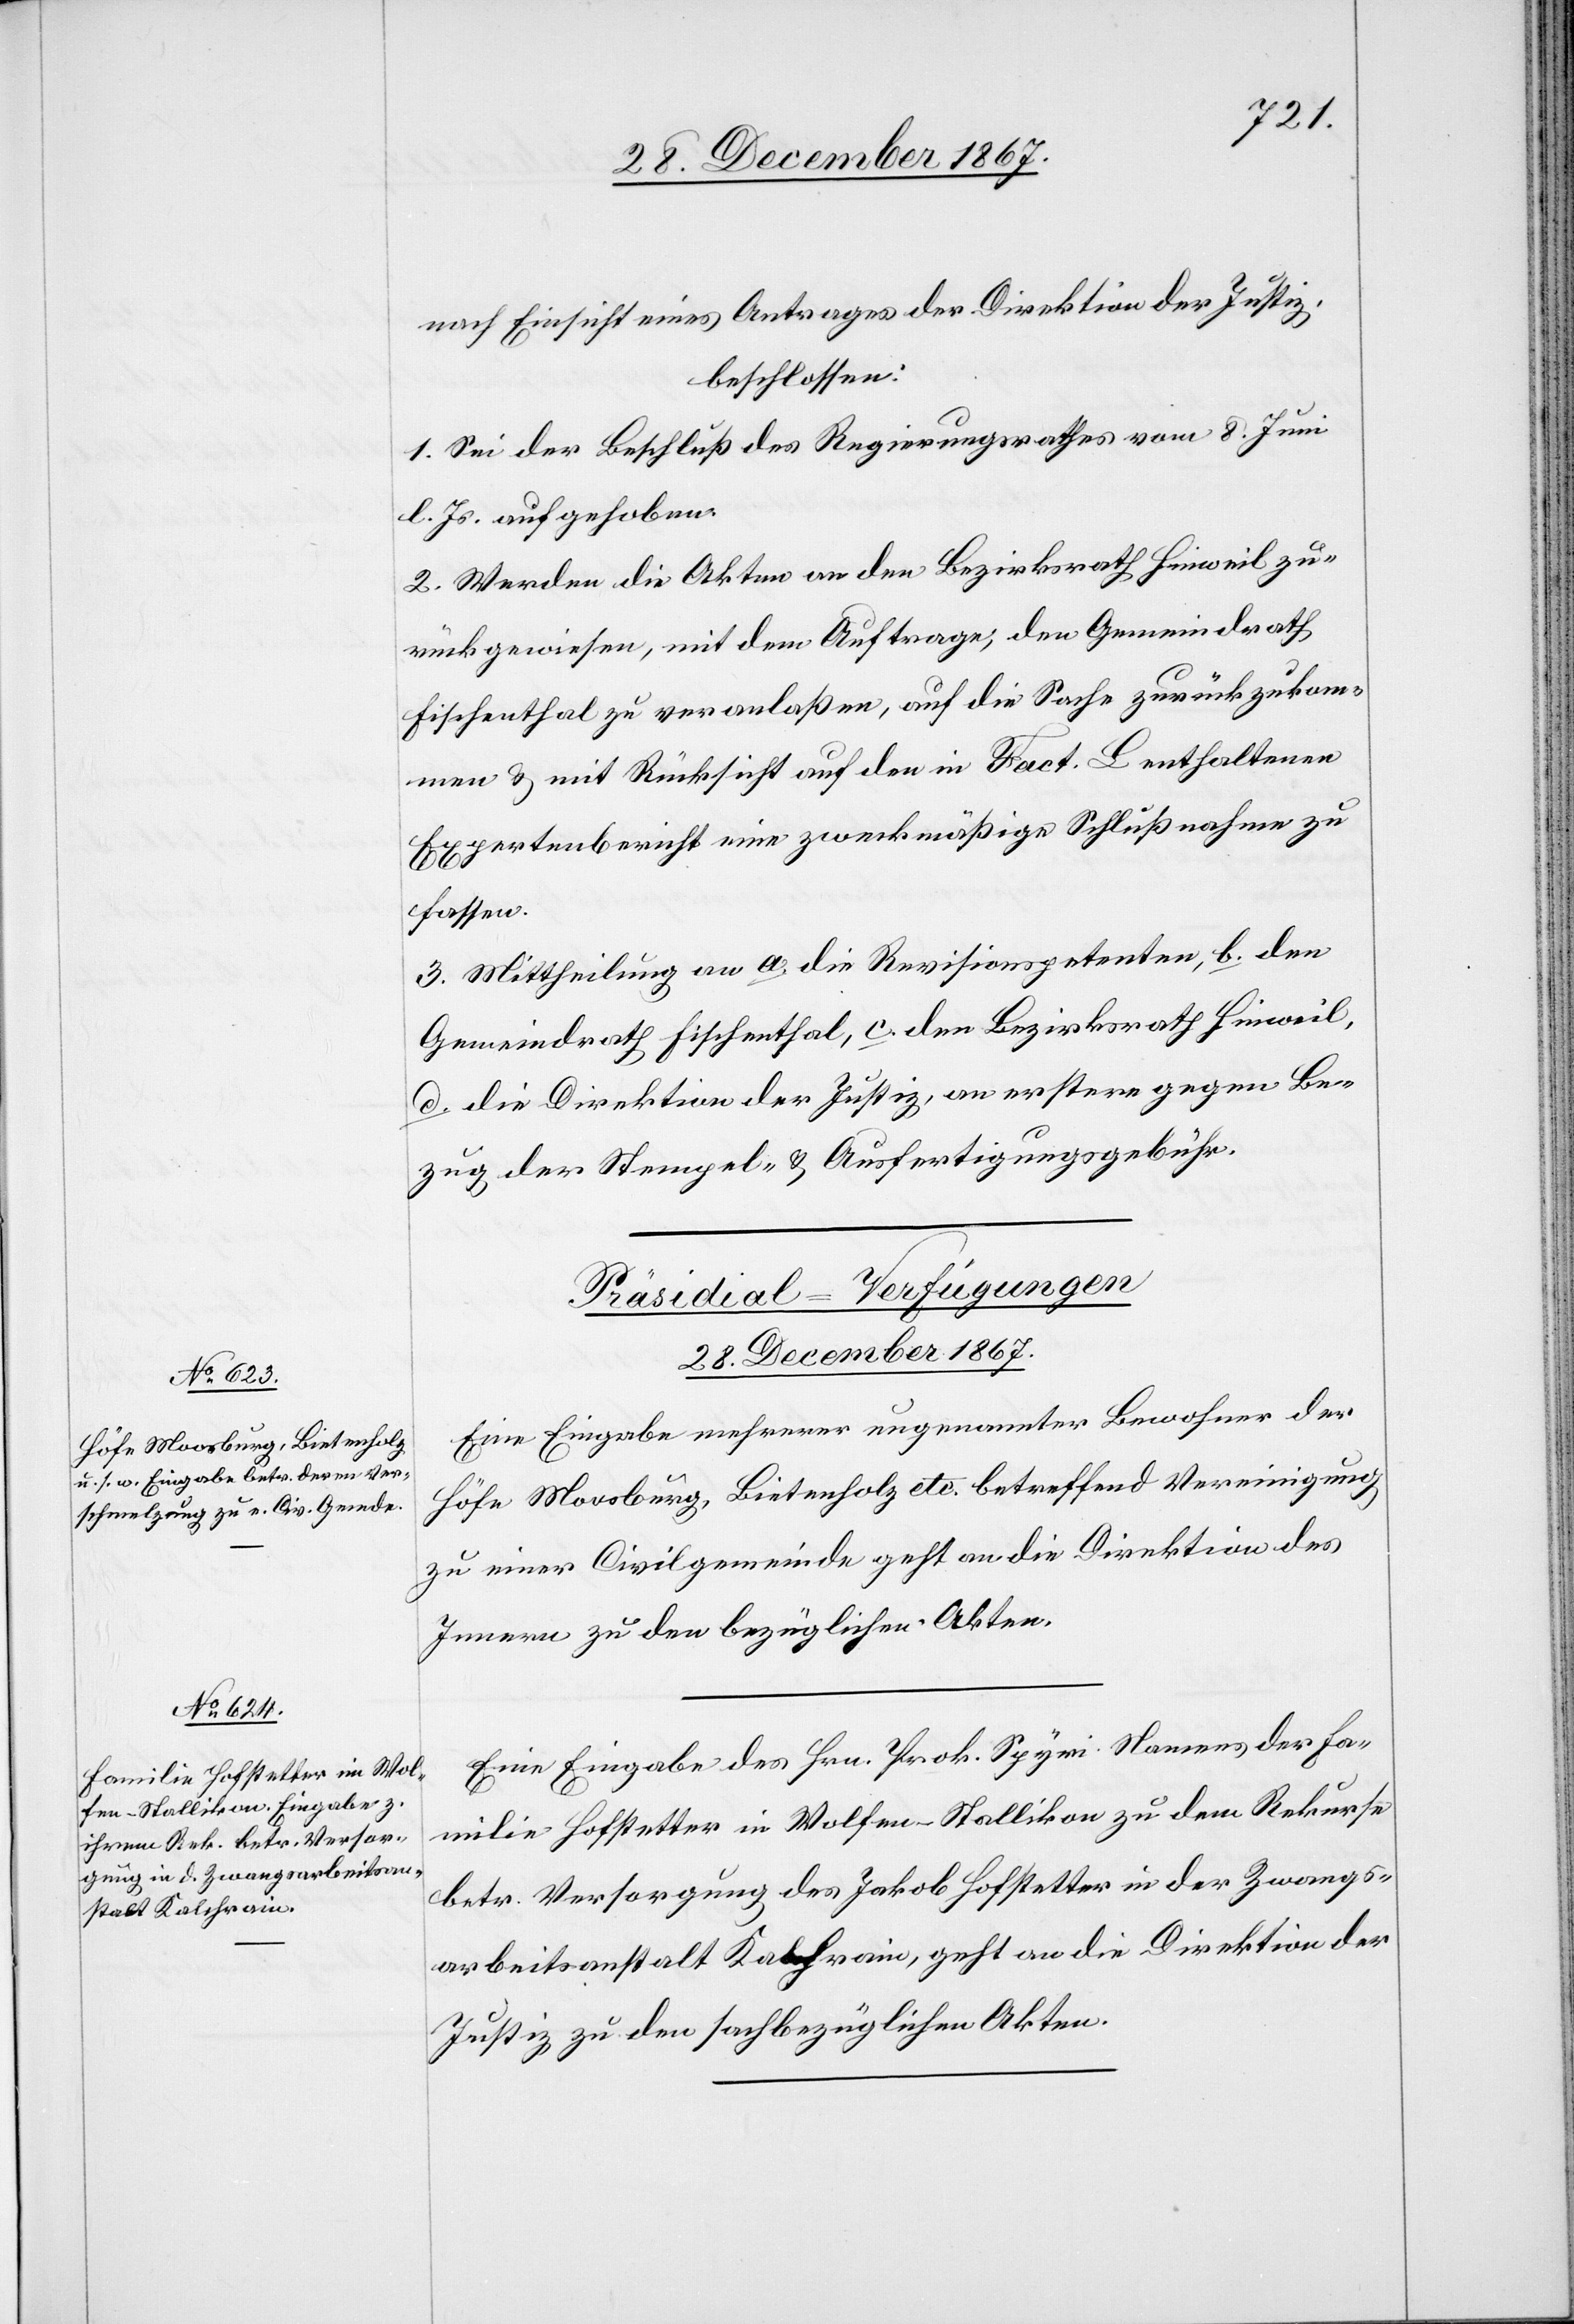
nach Einsicht eines Antrages der Direktion der Justiz,
beschlossen:
1. Sei der Beschluß des Regierungsrathes vom 8. Juni
l. Js. aufgehoben.
2. Werden die Akten an den Bezirksrath Hinweil zu¬
rückgewiesen, mit dem Auftrage, den Gemeindrath
Fischenthal zu veranlaßen, auf die Sache zurückzukom¬
men u. mit Rücksicht auf den in Fact. L enthaltenen
Expertenbericht eine zweckmäßige Schlußnahme zu
fassen.
3. Mittheilung an a. die Revisionspetenten, b. den
Gemeindrath Fischenthal, c. den Bezirksrath Hinweil,
d. die Direktion der Justiz, an erstere gegen Be¬
zug der Stempel- u. Ausfertigungsgebühr.
[Präsidial-Verfügungen.
28. December 1867.]
Eine Eingabe mehrerer ungenannter Bewohner der
Höfe Moosburg, Bietenholz etc. betreffend Vereinigung
zu einer Civilgemeinde geht an die Direktion des
Innern zu den bezüglichen Akten.
Eine Eingabe des Hrn. Prok. Spyri Namens der Fa¬
milie Hofstetter in Wolfen-Stallikon zu dem Rekurse
betr. Versorgung des Jakob Hofstetter in der Zwangs¬
arbeitsanstalt Kalchrain, geht an die Direktion der
Justiz zu den sachbezüglichen Akten.